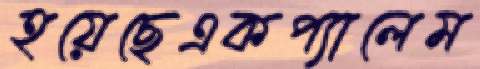
হয়েছেএকপ্যালেম